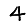
Digit: 4